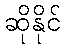
ဆိုနိုင်